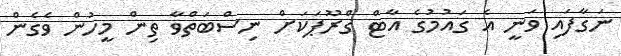
ނަގާފައި ވަނީ އެ ގައުމުގެ އާޓް ގްރޫޕަކަށް ނިސްބަތްވާ ތިން މީހުން ވެގެން